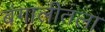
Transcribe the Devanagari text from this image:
बंगालीतला